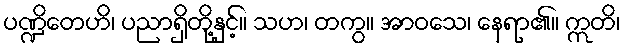
ပဏ္ဍိတေဟိ၊ ပညာရှိတို့နှင့်။ သဟ၊ တကွ။ အာဝသေ၊ နေရာ၏။ ဣတိ၊